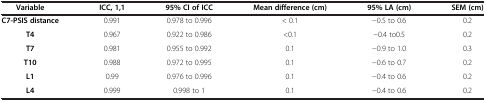
| Variable | ICC, 1,1 | 95% CI of ICC | Mean difference (cm) | 95%LA (cm) | SEM (cm) |
 | --- | --- | --- | --- | --- | --- |
 | C7-PSIS distance | 0.991 | 0.978 to 0.996 | < 0.1 | −0.5 to 0.6 | 0.2 |
 | T4 | 0.967 | 0.922 to 0.986 | <0.1 | −0.4 to0.5 | 0.2 |
 | T7 | 0.981 | 0.955 to 0.992 | 0.1 | −0.9 to 1.0 | 0.3 |
 | T10 | 0.988 | 0.972 to 0.995 | 0.1 | −0.6 to 0.7 | 0.2 |
 | L1 | 0.99 | 0.976 to 0.996 | 0.1 | −0.4 to 0.6 | 0.2 |
 | L4 | 0.999 | 0.998 to 1 | 0.1 | −0.4 to 0.6 | 0.2 |